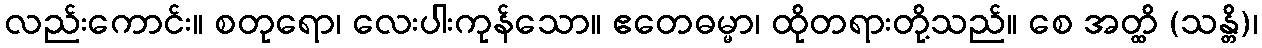
လည်းကောင်း။ စတုရော၊ လေးပါးကုန်သော။ ဧတေဓမ္မာ၊ ထိုတရားတို့သည်။ စေ အတ္ထိ (သန္တိ)၊